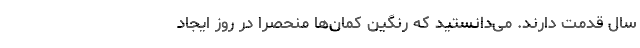
سال قدمت دارند. می‌دانستید که رنگین کمان‌ها منحصراً در روز ایجاد